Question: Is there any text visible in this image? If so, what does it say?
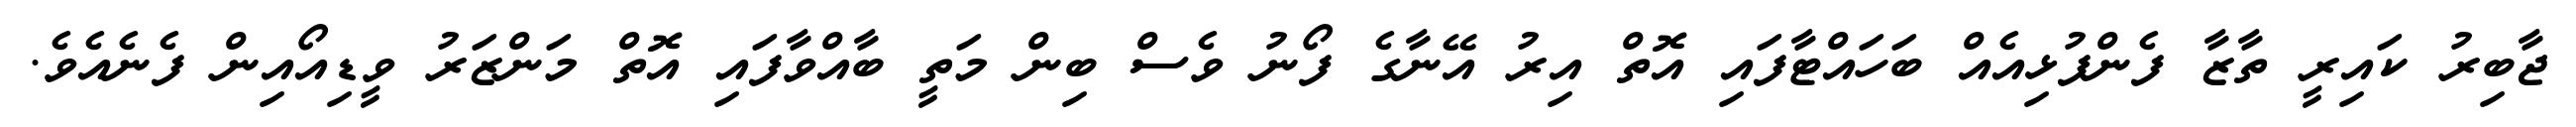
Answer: ޖާބިރު ކައިރީ ތާޒާ ފެންފުޅިއެއް ބަހައްޓާފައި އޮތް އިރު އޭނާގެ ފޯނު ވެސް ބިން މަތީ ބާއްވާފައި އޮތް މަންޒަރު ވީޑިއޯއިން ފެނެއެވެ.